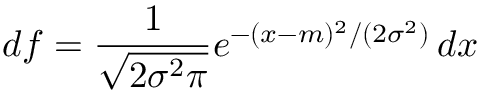
d f = { \frac { 1 } { \sqrt { 2 \sigma ^ { 2 } \pi } } } e ^ { - ( x - m ) ^ { 2 } / ( 2 \sigma ^ { 2 } ) } \, d x